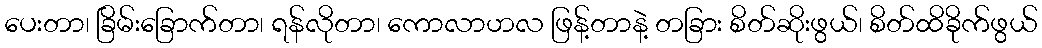
ပေးတာ၊ ခြိမ်းခြောက်တာ၊ ရန်လိုတာ၊ ကောလာဟလ ဖြန့်တာနဲ့ တခြား စိတ်ဆိုးဖွယ်၊ စိတ်ထိခိုက်ဖွယ်